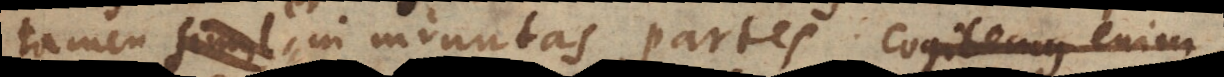
tamen, simul in minutas partes. Cogitemus enim